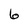
Character: 6